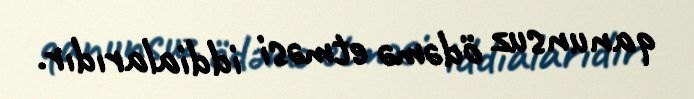
qanunsuz ödəmə etməsi iddialarıdır.